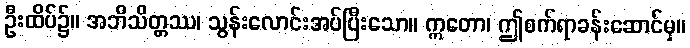
ဦးထိပ်၌။ အဘိသိတ္တဿ၊ သွန်းလောင်းအပ်ပြီးသော။ ဣတော၊ ဤစက်ရာခန်းဆောင်မှ။